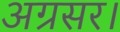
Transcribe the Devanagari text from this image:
अग्रसर।